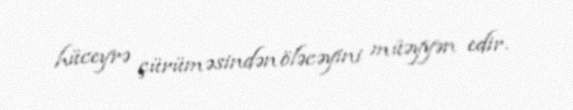
hüceyrə çürüməsindən öləcəyini müəyyən edir.